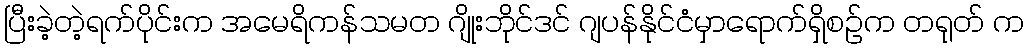
ပြီးခဲ့တဲ့ရက်ပိုင်းက အမေရိကန်သမတ ဂျိုးဘိုင်ဒင် ဂျပန်နိုင်ငံမှာရောက်ရှိစဉ်က တရုတ် က